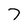
Character: 7